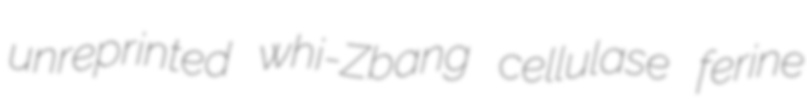
unreprinted whi-Zbang cellulase ferine